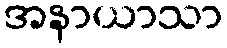
အနာယာသာ